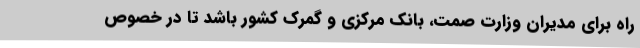
راه برای مدیران وزارت صمت، بانک مرکزی و گمرک کشور باشد تا در خصوص